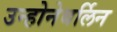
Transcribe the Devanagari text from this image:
उन्होनेबर्लिन